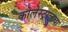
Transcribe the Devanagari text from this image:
कोलेस्ट्रालचा